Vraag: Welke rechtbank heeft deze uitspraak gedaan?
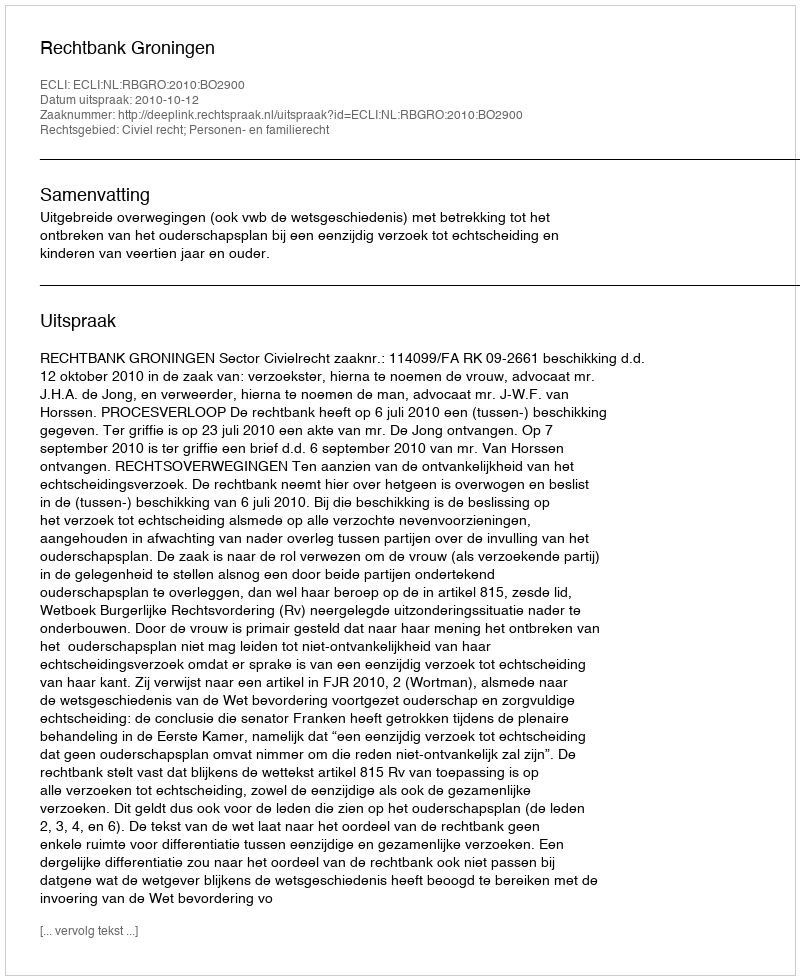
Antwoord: Rechtbank Groningen